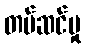
တပ်ဆင်မှု